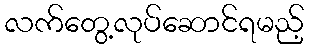
လက်တွေ့လုပ်ဆောင်ရမည့်